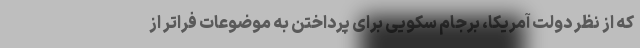
که از نظر دولت آمریکا، برجام سکویی برای پرداختن به موضوعات فراتر از